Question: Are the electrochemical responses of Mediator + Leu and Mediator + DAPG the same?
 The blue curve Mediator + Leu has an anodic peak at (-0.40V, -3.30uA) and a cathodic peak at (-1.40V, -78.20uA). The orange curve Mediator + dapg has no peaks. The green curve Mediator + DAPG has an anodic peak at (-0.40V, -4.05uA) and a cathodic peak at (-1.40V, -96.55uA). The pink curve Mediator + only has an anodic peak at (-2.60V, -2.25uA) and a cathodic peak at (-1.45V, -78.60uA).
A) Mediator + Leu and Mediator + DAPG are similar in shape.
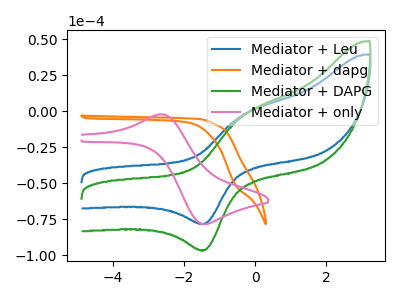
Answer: <think>All the peaks in "Mediator + Leu" have a peak in "Mediator + DAPG" at the same potential.
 </think>
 <answer>A) "Mediator + Leu" and "Mediator + DAPG" are similar in shape.</answer>
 <eval>A</eval>